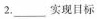
2. ___实现目标